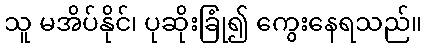
သူ မအိပ်နိုင်၊ ပုဆိုးခြုံ၍ ကွေးနေရသည်။